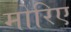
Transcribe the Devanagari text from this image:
मोरिए